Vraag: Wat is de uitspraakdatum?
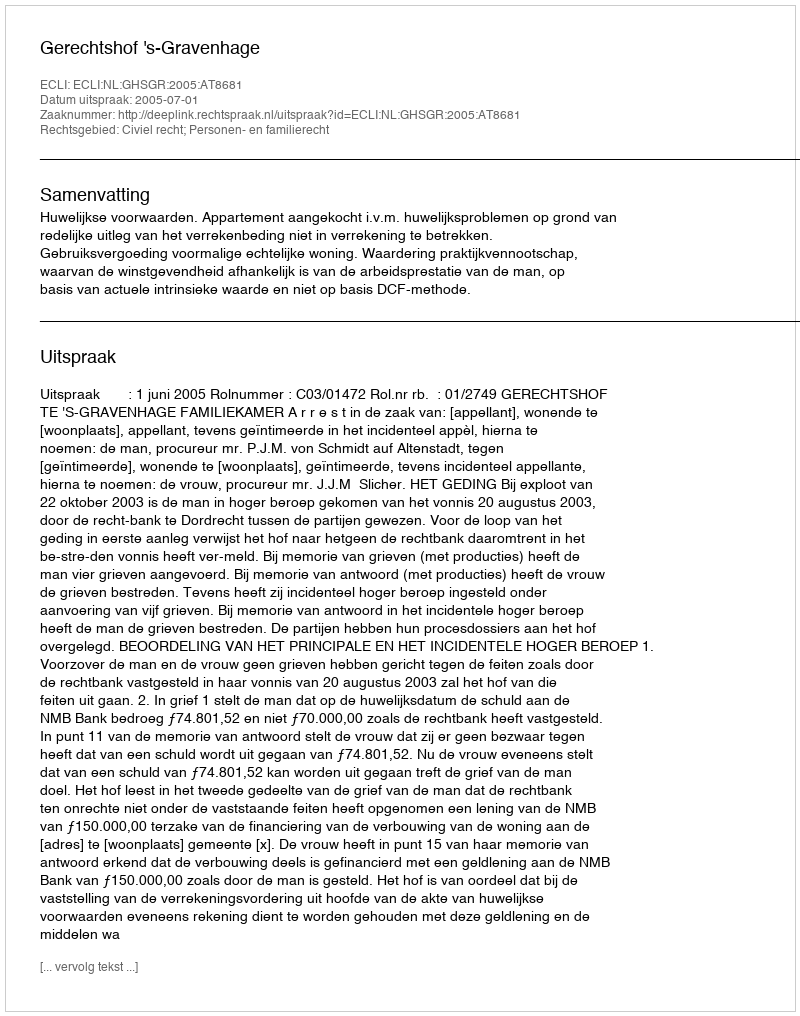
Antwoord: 2005-07-01